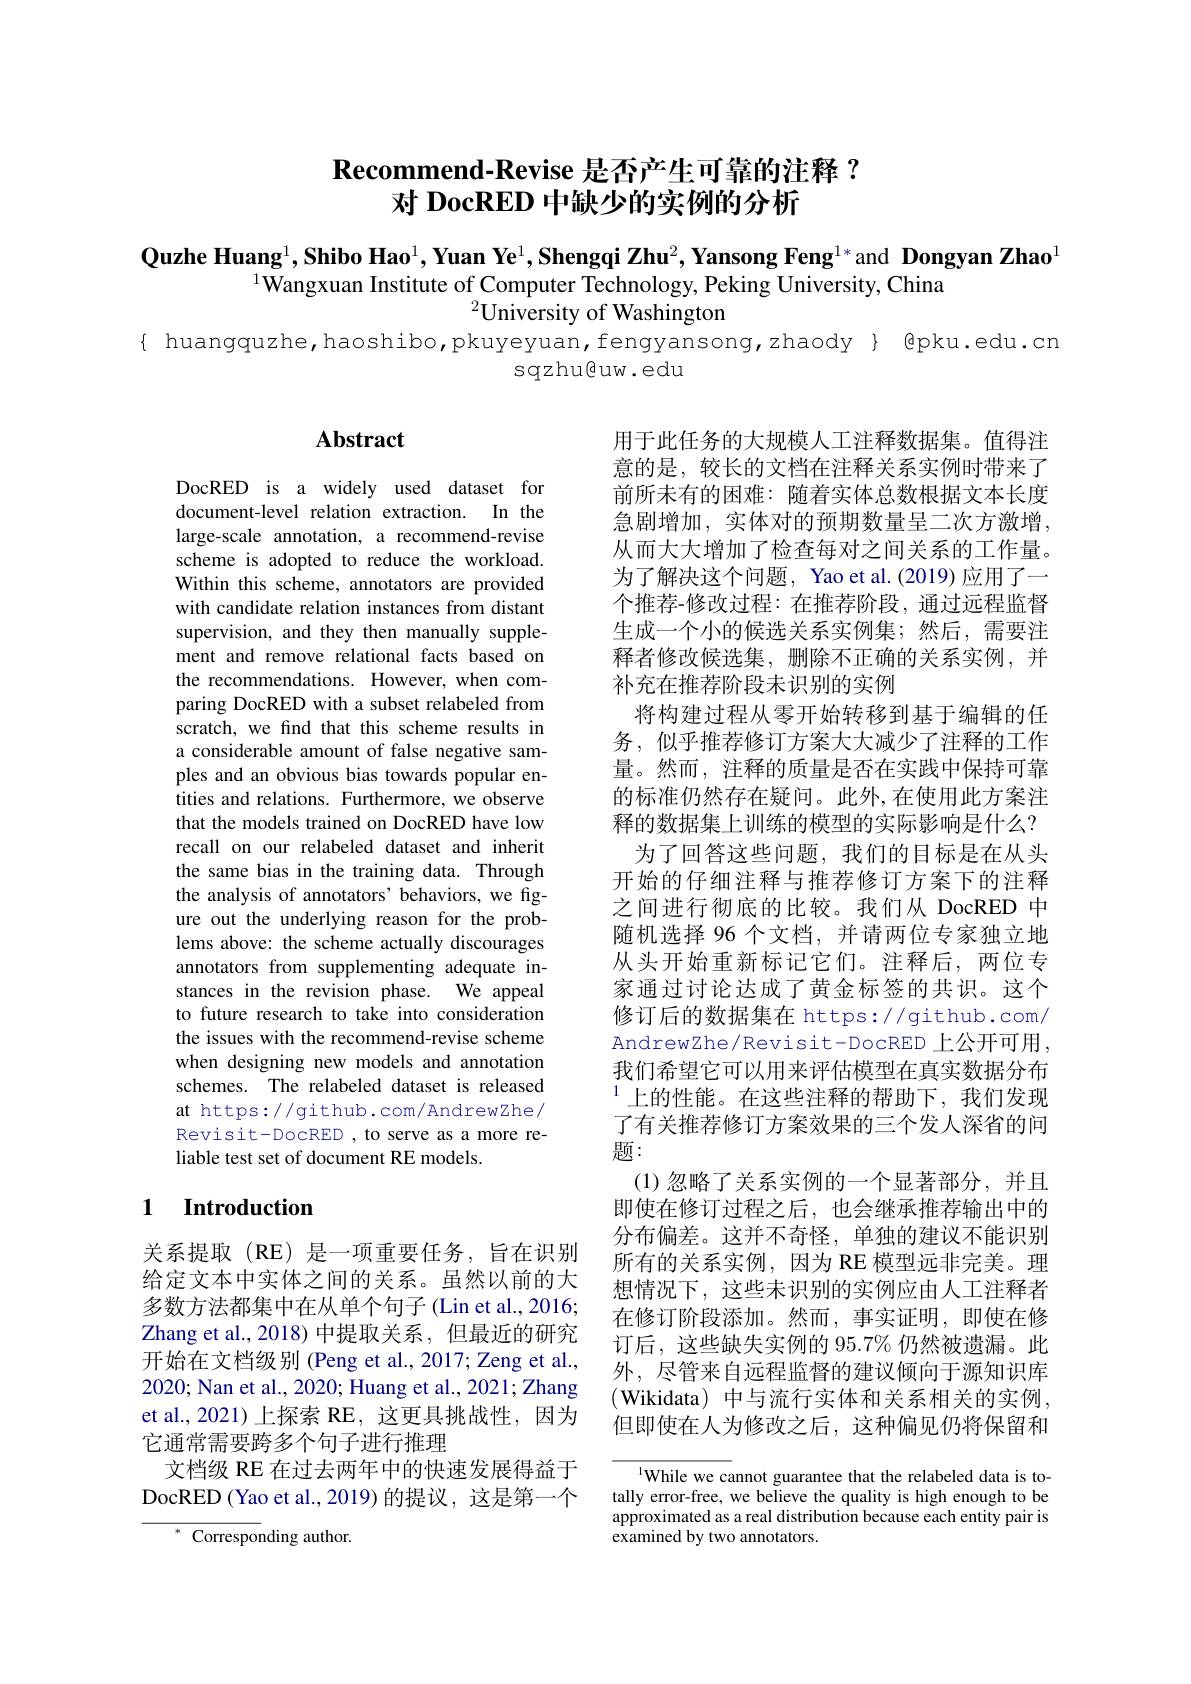
## $\textbf{Recommend- Revise 是 否 产 生 可 靠 的 注 释 }?$ 对 DocRED 中缺少的实例的分析

$\textbf{Quzhe Huang}^1,\textbf{Shibo Hao}^1,\textbf{Yuan Ye}^1,\textbf{Shengqi Zhu}^2,\textbf{Yansong Feng}^{1*}$and Dongyan Zhao$^1$
$^{1}$Wangxuan Institute of Computer Technology, Peking University, China
${}^{2}{\tilde{\text{University of Washington}}}$

{ huangquzhe,haoshibo,pkuyeyuan,fengyansong,zhaody} @pku.edu.cn
sqzhu@uw.edu

## $\mathbf{Abstract}$

DocRED is a widely used dataset for document-level relation extraction. In the large-scale annotation, a recommend-revise scheme is adopted to reduce the workload. Within this scheme, annotators are provided with candidate relation instances from distant supervision, and they then manually supplement and remove relational facts based on the recommendations. However, when comparing DocRED with a subset relabeled from scratch, we find that this scheme results in a considerable amount of false negative samples and an obvious bias towards popular entities and relations. Furthermore, we observe that the models trained on DocRED have low recall on our relabeled dataset and inherit the same bias in the training data. Through the analysis of annotators' behaviors, we figure out the underlying reason for the problems above: the scheme actually discourages annotators from supplementing adequate instances in the revision phase. We appeal to future research to take into consideration the issues with the recommend-revise scheme when designing new models and annotation schemes. The relabeled dataset is released at https://github.com/AndrewZhe/ Revisit-DocRED , to serve as a more reliable test set of document RE models.

用于此任务的大规模人工注释数据集。值得注意的是，较长的文档在注释关系实例时带来了前所未有的困难：随着实体总数根据文本长度急剧增加，实体对的预期数量呈二次方激增， 从而大大增加了检查每对之间关系的工作量。为了解决这个问题，Yao et al.(2019) 应用了一个推荐-修改过程：在推荐阶段，通过远程监督生成一个小的候选关系实例集；然后，需要注释者修改候选集，删除不正确的关系实例，并补充在推荐阶段未识别的实例
将构建过程从零开始转移到基于编辑的任务，似乎推荐修订方案大大减少了注释的工作量。然而，注释的质量是否在实践中保持可靠的标准仍然存在疑问。此外，在使用此方案注释的数据集上训练的模型的实际影响是什么？
为了回答这些问题，我们的目标是在从头开始的仔细注释与推荐修订方案下的注释之间进行彻底的比较。我们从 DocRED 中随机选择 96 个文档，并请两位专家独立地从头开始重新标记它们。注释后，两位专家通过讨论达成了黄金标签的共识。这个修订后的数据集在 https://github.com/ AndrewZhe/ Revisit- DocRED 上 公 开 可 用 , 我们希望它可以用来评估模型在真实数据分布$^{1}$上的性能。在这些注释的帮助下，我们发现了有关推荐修订方案效果的三个发人深省的问题：
(1)忽略了关系实例的一个显著部分，并且即使在修订过程之后，也会继承推荐输出中的分布偏差。这并不奇怪，单独的建议不能识别所有的关系实例，因为 RE 模型远非完美。理想情况下，这些未识别的实例应由人工注释者在修订阶段添加。然而，事实证明，即使在修订后，这些缺失实例的 95.7% 仍然被遗漏。此外，尽管来自远程监督的建议倾向于源知识库(Wikidata) 中与流行实体和关系相关的实例， 但即使在人为修改之后，这种偏见仍将保留和

### 1 $\textbf{Introduction}$

关系提取(RE)是一项重要任务，旨在识别给定文本中实体之间的关系。虽然以前的大多数方法都集中在从单个句子(Lin et al., 2016; Zhang et al.,2018)中提取关系，但最近的研究开始在文档级别 (Peng et al., 2017; Zeng et al., 2020; Nan et al., 2020; Huang et al., 2021; Zhang et al., 2021) 上探索 RE, 这更具挑战性，因为它通常需要跨多个句子进行推理
文档级 RE 在过去两年中的快速发展得益于DocRED (Yao et al.,2019)的提议，这是第一个
$^*$ Corresponding author.

$^{\mathrm{l}}$While we cannot guarantee that the relabeled data is totally error-free, we believe the quality is high enough to be approximated as a real distribution because each entity pair is examined by two annotators.